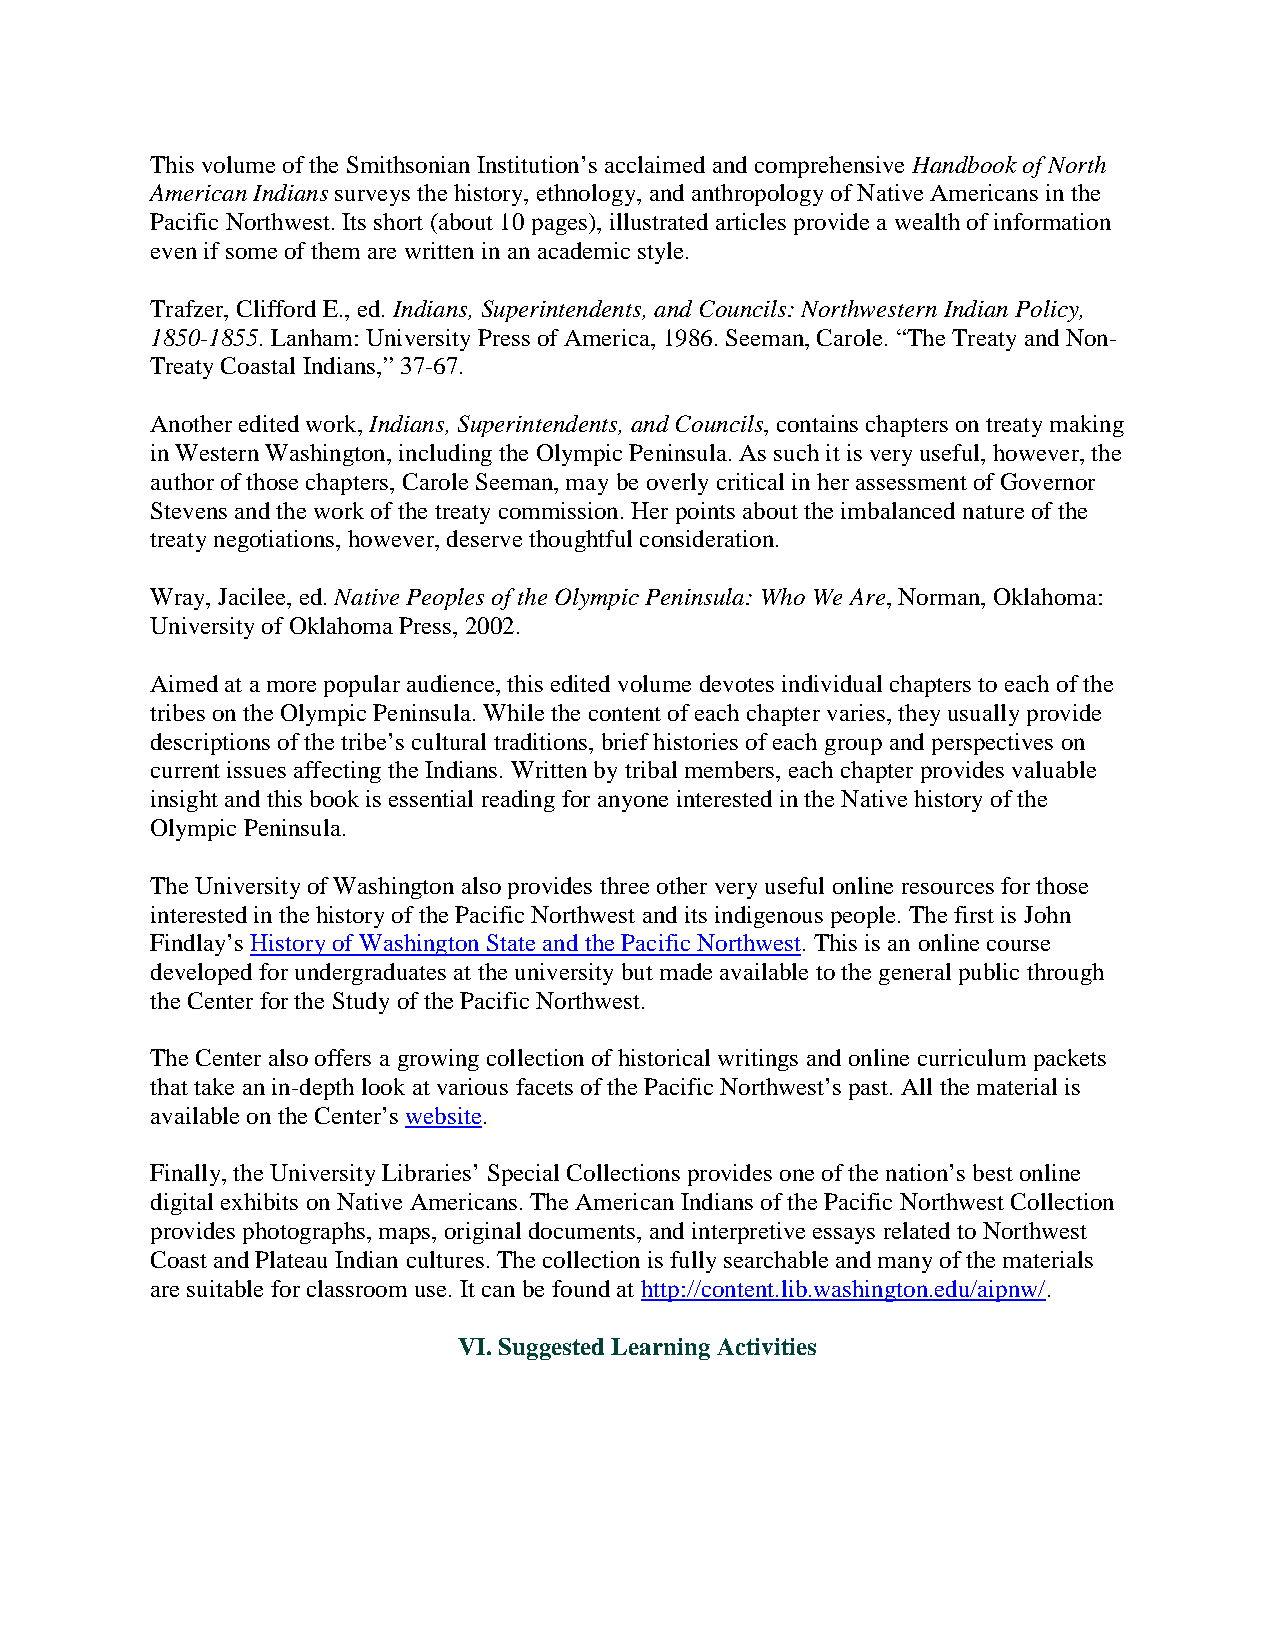
This volume of the Smithsonian Institution’s acclaimed and comprehensive Handbook of North
 American Indians surveys the history, ethnology, and anthropology of Native Americans in the
 Pacific Northwest. Its short (about 10 pages), illustrated articles provide a wealth of information
 even if some of them are written in an academic style.
 Trafzer, Clifford E., ed. Indians, Superintendents, and Councils: Northwestern Indian Policy,
 1850-1855. Lanham: University Press of America, 1986. Seeman, Carole. “The Treaty and Non-
 Treaty Coastal Indians,” 37-67.
 Another edited work, Indians, Superintendents, and Councils, contains chapters on treaty making
 in Western Washington, including the Olympic Peninsula. As such it is very useful, however, the
 author of those chapters, Carole Seeman, may be overly critical in her assessment of Governor
 Stevens and the work of the treaty commission. Her points about the imbalanced nature of the
 treaty negotiations, however, deserve thoughtful consideration.
 Wray, Jacilee, ed. Native Peoples of the Olympic Peninsula: Who We Are, Norman, Oklahoma:
 University of Oklahoma Press, 2002.
 Aimed at a more popular audience, this edited volume devotes individual chapters to each of the
 tribes on the Olympic Peninsula. While the content of each chapter varies, they usually provide
 descriptions of the tribe’s cultural traditions, brief histories of each group and perspectives on
 current issues affecting the Indians. Written by tribal members, each chapter provides valuable
 insight and this book is essential reading for anyone interested in the Native history of the
 Olympic Peninsula.
 The University of Washington also provides three other very useful online resources for those
 interested in the history of the Pacific Northwest and its indigenous people. The first is John
 Findlay’s History of Washington State and the Pacific Northwest. This is an online course
 developed for undergraduates at the university but made available to the general public through
 the Center for the Study of the Pacific Northwest.
 The Center also offers a growing collection of historical writings and online curriculum packets
 that take an in-depth look at various facets of the Pacific Northwest’s past. All the material is
 available on the Center’s website.
 Finally, the University Libraries’ Special Collections provides one of the nation’s best online
 digital exhibits on Native Americans. The American Indians of the Pacific Northwest Collection
 provides photographs, maps, original documents, and interpretive essays related to Northwest
 Coast and Plateau Indian cultures. The collection is fully searchable and many of the materials
 are suitable for classroom use. It can be found at http://content.lib.washington.edu/aipnw/.
 VI. Suggested Learning Activities